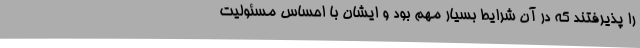
را پذیرفتند که در آن شرایط بسیار مهم بود و ایشان با احساس مسئولیت